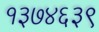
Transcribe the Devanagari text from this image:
१३७४६३९